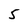
Character: 5